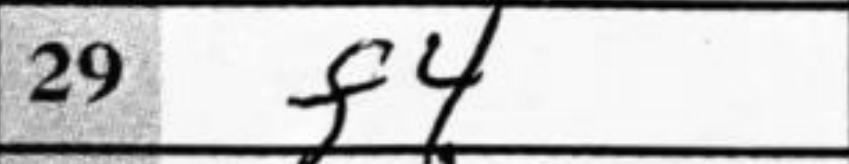
Transcription: f4